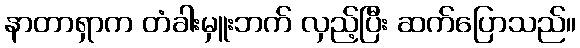
နာတာရှာက တံခါးမှူးဘက် လှည့်ပြီး ဆက်ပြောသည်။